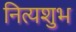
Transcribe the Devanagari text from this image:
नित्यशुभ